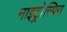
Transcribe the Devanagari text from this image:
नाइट्रोस्पिरा